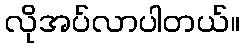
လိုအပ်လာပါတယ်။